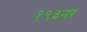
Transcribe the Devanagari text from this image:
१९३नर